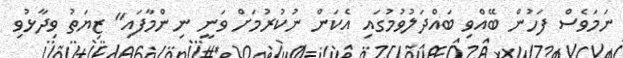
ނަމަވެސް ފަހުން ބޭއްވި ބައްދަލުވުމުގައި އެކަން ނުކުރުމަށް ވަނީ ނިންމާފައި" ޒިޔަތު ވިދާޅުވި